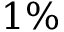
1 \%